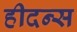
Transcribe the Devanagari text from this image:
हीदन्स